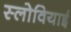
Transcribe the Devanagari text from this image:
स्लोवियाई